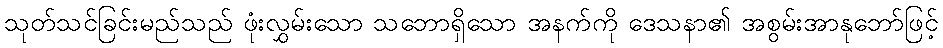
သုတ်သင်ခြင်းမည်သည် ဖုံးလွှမ်းသော သဘောရှိသော အနက်ကို ဒေသနာ၏ အစွမ်းအာနုဘော်ဖြင့်